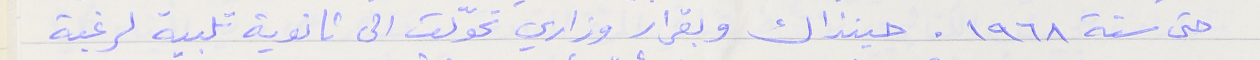
حتى سنة ١٩٦٨. حينذاك وبقرار وزاري تحوّلت الى ثانوية تلبية لرغبة